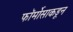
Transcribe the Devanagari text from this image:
फॉर्मोसाकडून